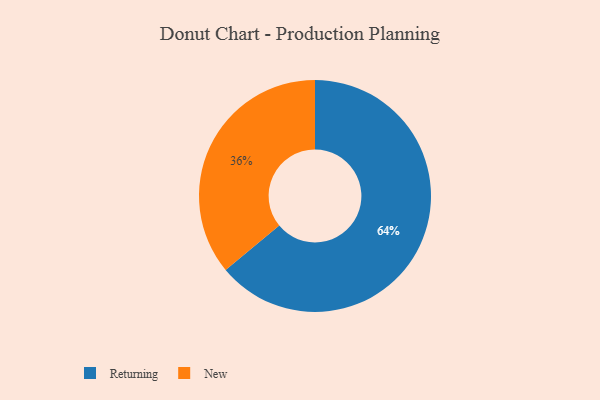
{"axis": {"x": "Category", "y": "Percentage"}, "legend": ["New", "Returning"], "data": [{"x": "Returning", "y": 64, "type": "Returning"}, {"x": "New", "y": 36, "type": "New"}]}